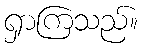
ရှာကြသည်။